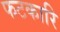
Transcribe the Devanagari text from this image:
फटकारि